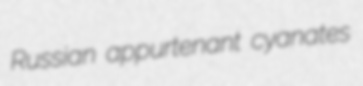
Russian appurtenant cyanates